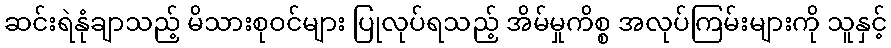
ဆင်းရဲနုံချာသည့် မိသားစုဝင်များ ပြုလုပ်ရသည့် အိမ်မှုကိစ္စ အလုပ်ကြမ်းများကို သူနှင့်